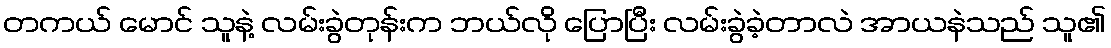
တကယ် မောင် သူနဲ့ လမ်းခွဲတုန်းက ဘယ်လို ပြောပြီး လမ်းခွဲခဲ့တာလဲ အာယနဲသည် သူ၏